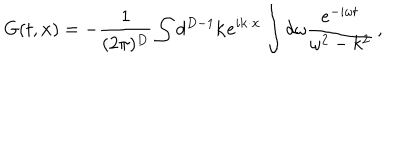
G ( t , { \bf x } ) = - \frac { 1 } { ( 2 \pi ) ^ { D } } \int d ^ { D - 1 } { \bf k } e ^ { i { \bf k } \cdot { \bf x } } \int d \omega \frac { e ^ { - i \omega t } } { \omega ^ { 2 } - k ^ { 2 } } \, ,